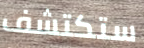
ستكتشف